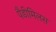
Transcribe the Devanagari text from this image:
पैडीमिलस